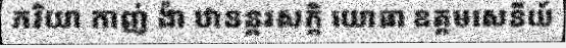
ភរិយា កាញ់ ង៉ា ឋានន្តរសក្តិ យោធា ឧត្តមសេនីយ៍